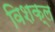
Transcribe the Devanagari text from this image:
विशक्ल